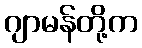
ဂျာမန်တို့က